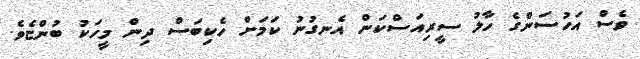
ވެސް އަހުސަންގެ ހާލު ސީރިއަސްކަން އެނގުނު ކަމަށް ހެކިބަސް ދިން މީހަކު ބުންޏެވެ.